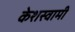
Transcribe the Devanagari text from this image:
केशस्वामी